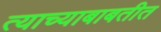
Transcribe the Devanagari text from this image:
त्याच्याबाबतीत